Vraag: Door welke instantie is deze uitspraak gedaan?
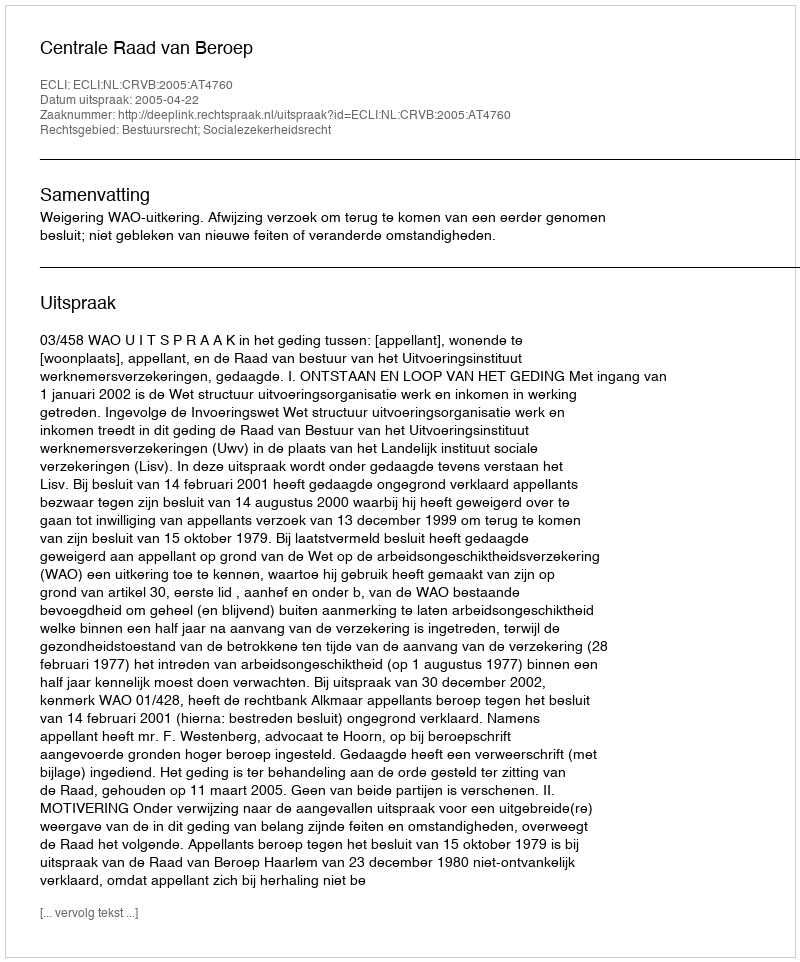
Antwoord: Centrale Raad van Beroep